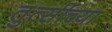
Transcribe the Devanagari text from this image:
तुत्‍सींच्‍या